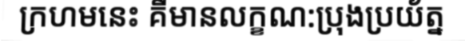
ក្រហមនេះ គឺមានលក្ខណ:ប្រុងប្រយ័ត្ន